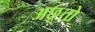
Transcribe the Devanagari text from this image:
अछूतो